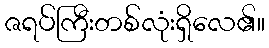
ဇရပ်ကြီးတစ်လုံးရှိလေ၏။